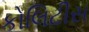
કોલિટીસ